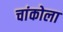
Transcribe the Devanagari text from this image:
चांकोला